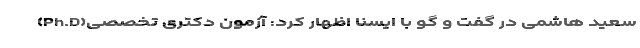
سعید هاشمی در گفت و گو با ایسنا اظهار کرد: آزمون دکتری تخصصی(Ph.D)